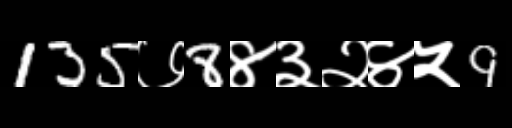
Text: 135७8४३२४५9